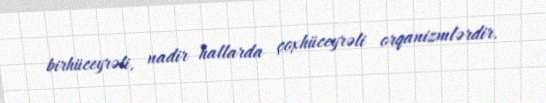
birhüceyrəli, nadir hallarda çoxhüceyrəli orqanizmlərdir.